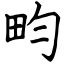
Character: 畇